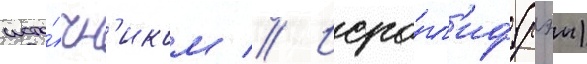
исто́чн'иком // Иеро́гл'иф (рэи)